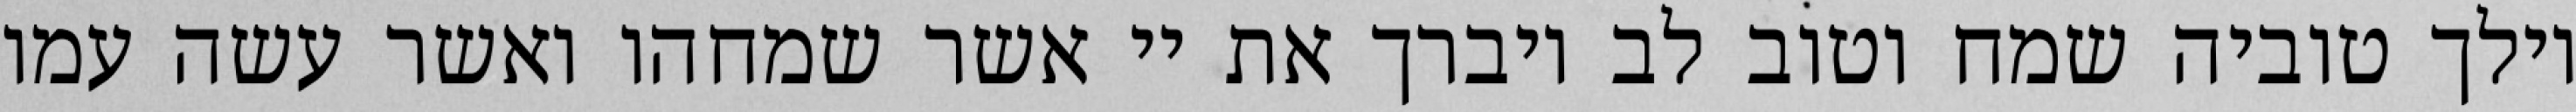
וילך טוביה שמח וטוב לב ויברך את יי אשר שמחהו ואשר עשה עמו